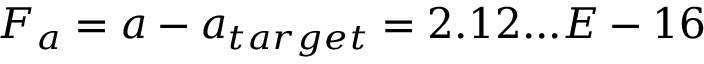
F _ { a } = a - a _ { t a r g e t } = 2 . 1 2 . . . E - 1 6